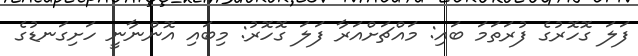
ފަލަ ގޮހޮރުގެ ފުރަތަމަ ބައި: މައްޗަށްއަރާ ފަލަ ގޮހޮރު: މިބައި އޮންނާނީ ހަށިގަނޑުގެ